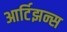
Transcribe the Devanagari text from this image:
आर्टिझन्स